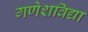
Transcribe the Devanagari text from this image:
गणेशविद्या